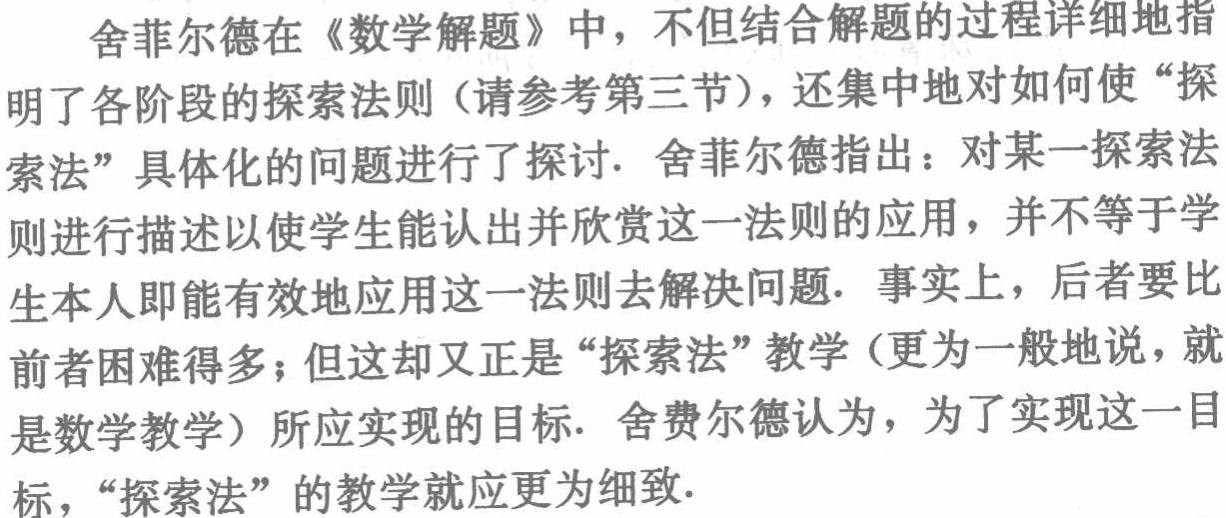
舍菲尔德在《数学解题》中，不但结合解题的过程详细地指明了各阶段的探索法则（请参考第三节），还集中地对如何使“探索法”具体化的问题进行了探讨. 舍菲尔德指出：对某一探索法则进行描述以使学生能认出并欣赏这一法则的应用，并不等于学生本人即能有效地应用这一法则去解决问题. 事实上，后者要比前者困难得多；但这却又正是“探索法”教学（更为一般地说，就是数学教学）所应实现的目标. 舍费尔德认为，为了实现这一目标，“探索法”的教学就应更为细致.